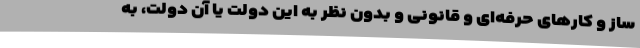
ساز و کارهای حرفه‌ای و قانونی و بدون نظر به این دولت یا آن دولت، به